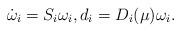
LaTeX: \begin{align*}\dot{\omega}_i=S_i\omega_i,d_i=D_i(\mu)\omega_i.\end{align*}